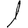
Digit: 1